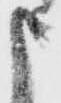
申